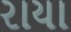
રાયા